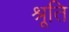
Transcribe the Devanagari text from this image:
श्रूति